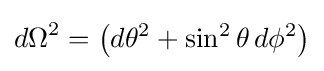
{d\Omega }^{2}=\left(d\theta ^{2}+\sin ^{2}\theta \,d\phi ^{2}\right)